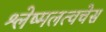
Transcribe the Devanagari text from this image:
श्लेष्मलत्वचेस